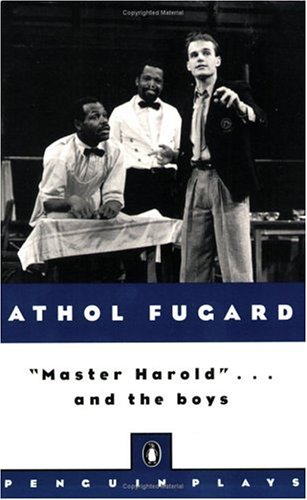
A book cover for Master Harold . . . And The Boys (Penguin Plays); Athol Fugard; Literature & Fiction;